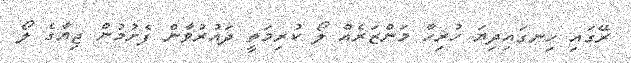
ރޭގައި ހިނގައިދިޔަ ހުރިހާ މަންޒަރެއް ލޯ ކުރިމަތީ ދައުރުވާން ފެށުމުން ޖިޔާގެ ލޯ